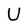
Character: U